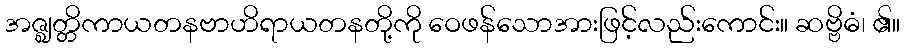
အဇ္ဈတ္တိကာယတနဗာဟိရာယတနတို့ကို ဝေဖန်သောအားဖြင့်လည်းကောင်း။ ဆဗ္ဗိဓံ၊ ၏။